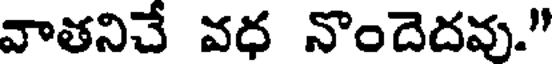
వాతనిచే వధ నొందెదవు."